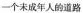
一个未成年人的道路